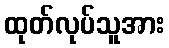
ထုတ်လုပ်သူအား